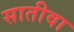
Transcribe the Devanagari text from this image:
सातीवा